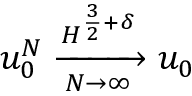
u _ { 0 } ^ { N } \xrightarrow [ N \rightarrow \infty ] { H ^ { \frac { 3 } { 2 } + \delta } } u _ { 0 }